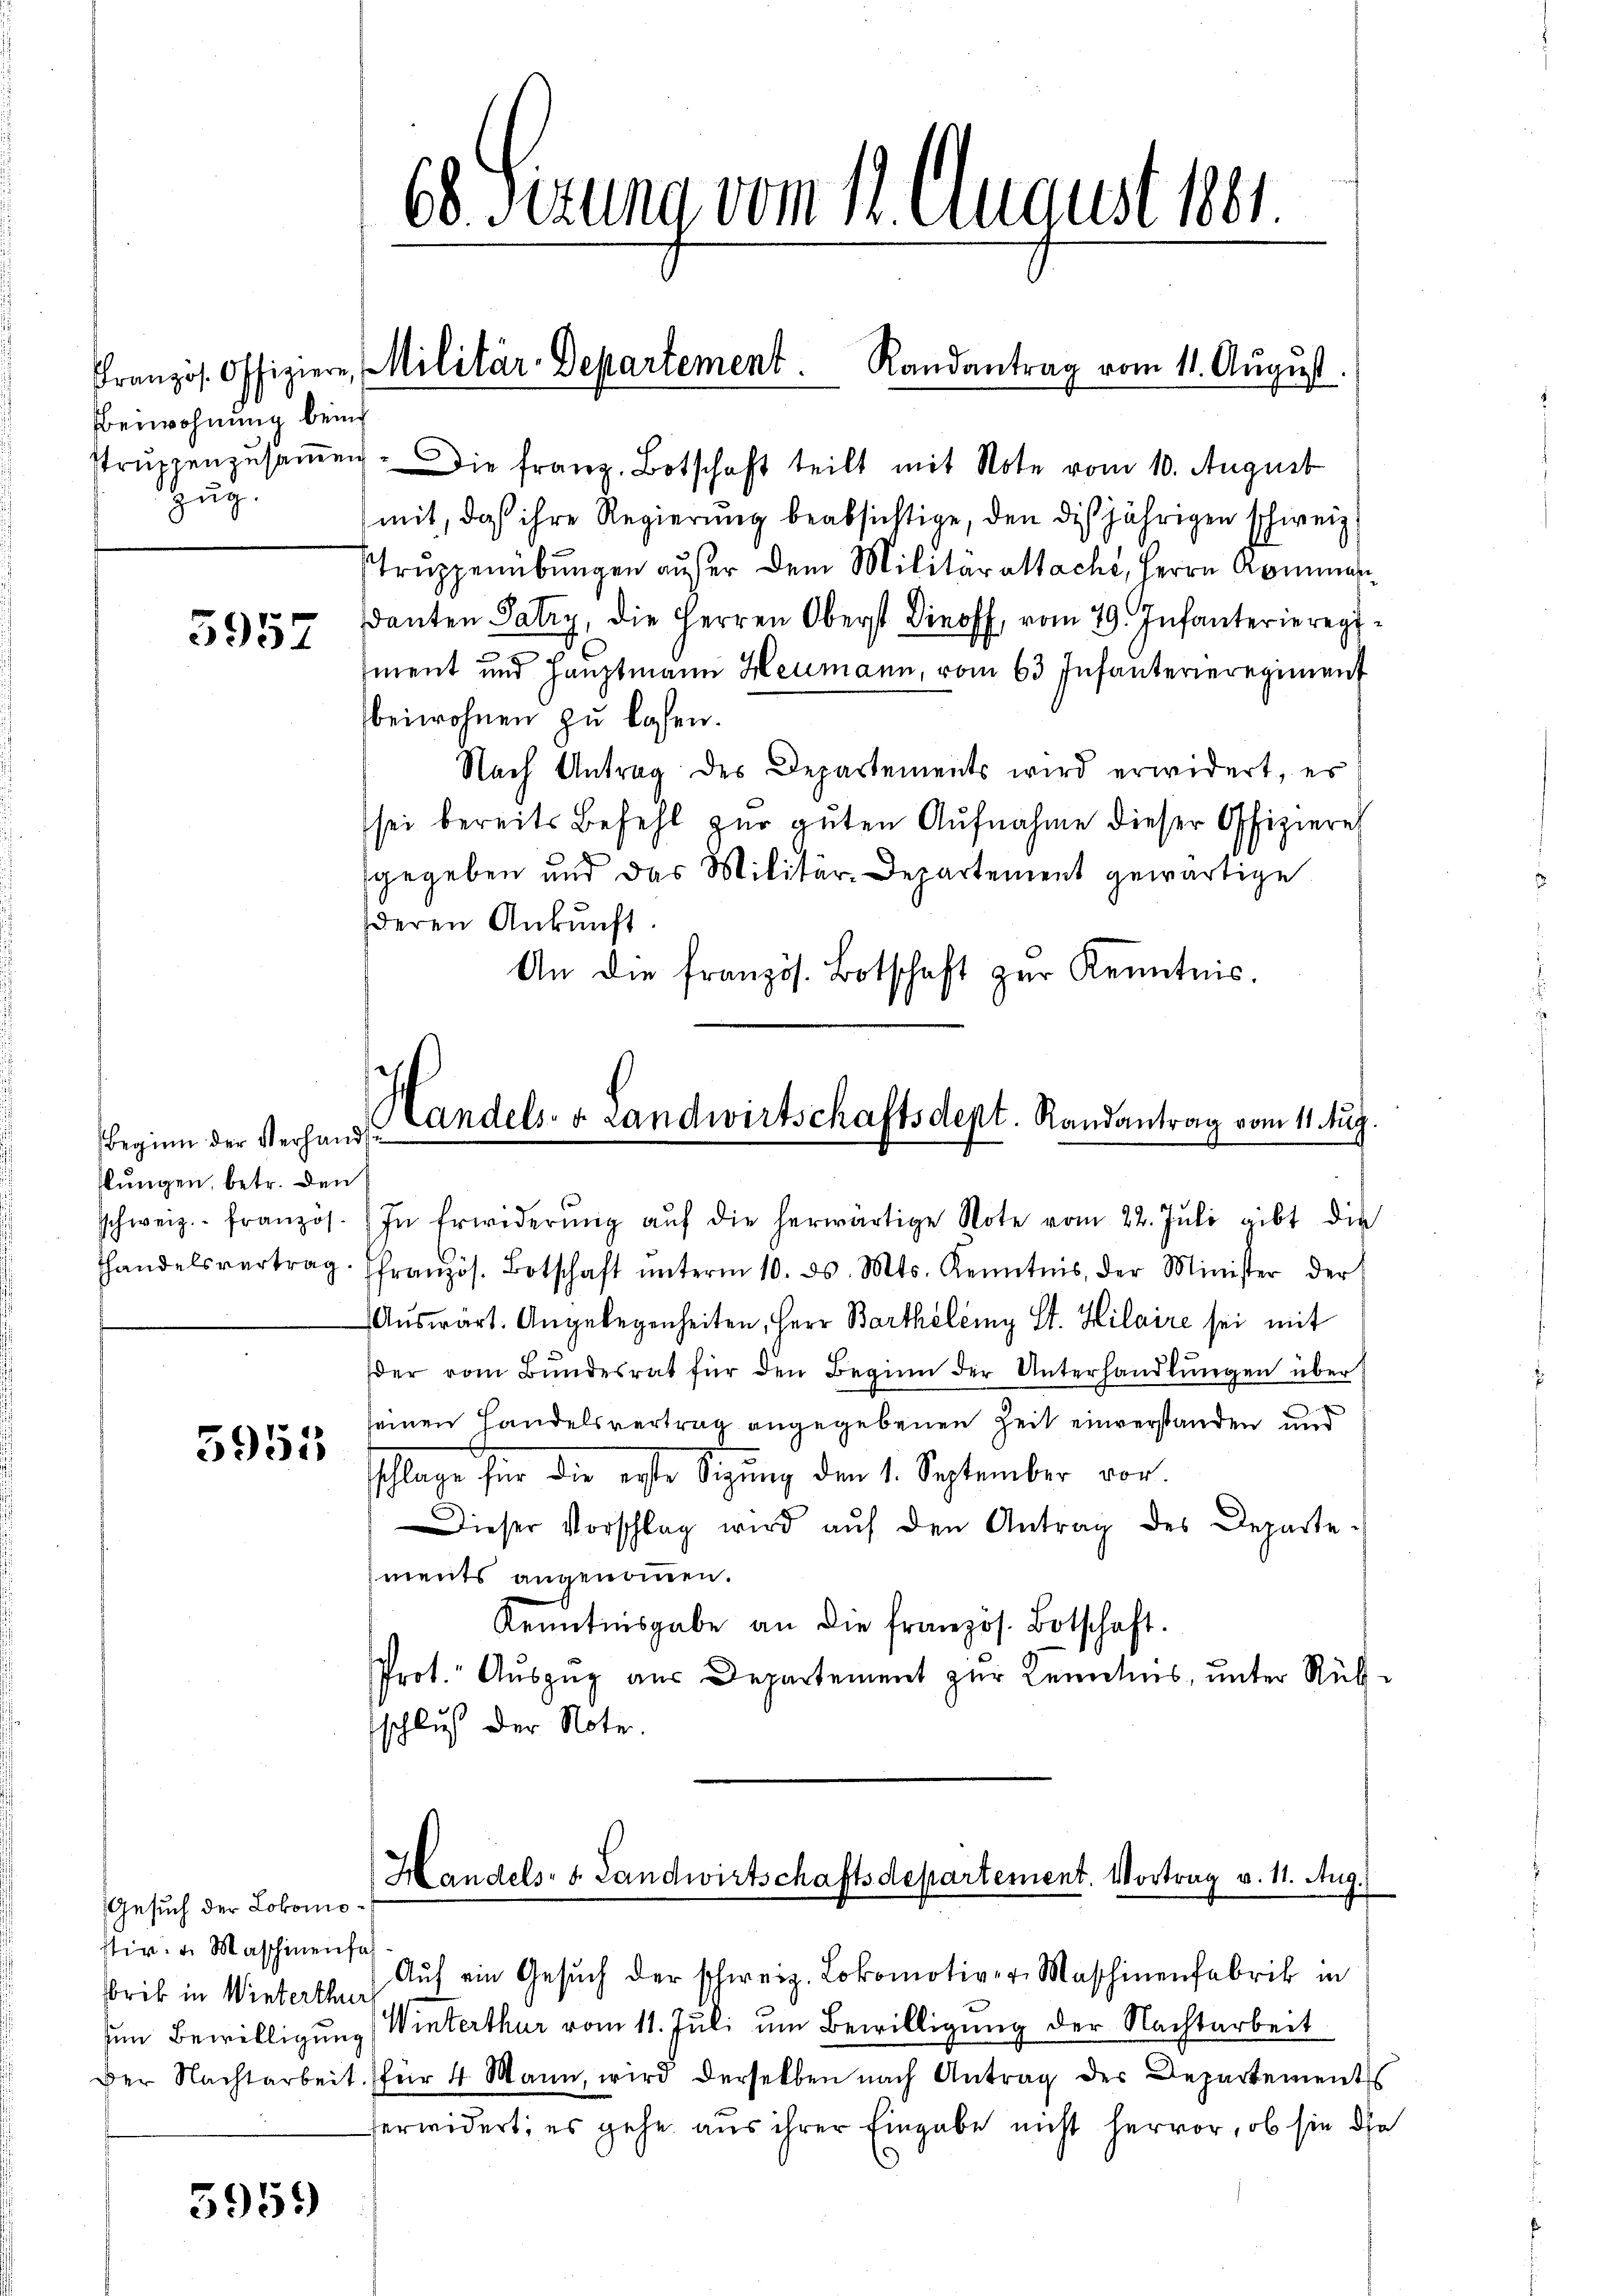
Oberwohnung bein
zug.

5957

Beginn der Verhandt
slungen, betr. den

5953

Gesuch der Lokomostir. u. Maschinenfal
rib in Winterthur
Der Nachtarbeit

5951)

68 Sezung vom 11. August 1881.

Struppenzusammen. Die franz. Botschaft teilt mit Note vom 10. August
mit, daß ihre Regierung beabsichtige, den diesjährigen schweiz.
Struppenübungen außer dem Militäraltacht, Herrn Ammann
danten Patry, die Herren Oberst Diroff vom 29. Infanterieregiment und Hauptmann Heumann, vom 63. Infanterieregiment
beiwohnen zu lassen.
Nach Antrag des Departements wird erwidert, es
sei bereits Befehl zur guten Aufnahme dieser Ofiziere
gegeben und das Militär-Departement gewärtige
deren Ankunft.
An die französ. Botschaft zŭr Kenntnis.

Französ. Offiziere, Militär-Departement. Randantrag vom 11. August

Handels- & Landwirtschaftsdept. Randantrag vom 11. huj.
schweiz.- französ. In Erwiderŭng aŭf die herwärtige Note vom 22. Jŭli gibt die

handelsvertrag Französ. Botschaft ŭnterm 10. ds. Mts. Kenntnis, der Minister der
Auswart. Angelegenheiten, Herr Barthölemy St. Hilaire sei mit
der vom Bŭndesrat für den Beginn der Unterhandlŭngen über
seinen Handelsvertrag angegebenen Zeit einverstanden und
schlage für die erste Sigŭng den 1. September vor.
Dieser Vorschlag wird aŭf den Antrag des Departe-
ments angenommen.
Kenntnisgabe an die französ. Botschaft.
Prot. Auszug aus Departement zur Kenntnis, unter Rükschluß der Note.

Handels- u. Landwirtschaftsdepartement. Vortrag v. 11. Aug.

Aŭf ein Gesŭch der schweiz. Lokomotive Maschinenfabrik in
zum Bewilligung (Winterthur vom 11. Juli um Bewilligung der Nachtarbeit
für 4 Mann, wird derselben nach Antrag der Departements
ferwidert; es gehe aus ihrer Eingabe nicht hervor, ob sie die